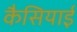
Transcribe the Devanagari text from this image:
कैसियाई